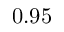
0 . 9 5